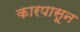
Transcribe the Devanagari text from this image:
कारपासून